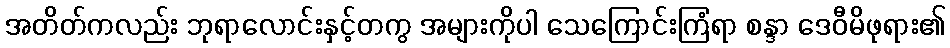
အတိတ်ကလည်း ဘုရာလောင်းနှင့်တကွ အများကိုပါ သေကြောင်းကြံရာ စန္ဒာ ဒေဝီမိဖုရား၏